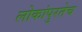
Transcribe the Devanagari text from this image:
लोकांपुरतेच